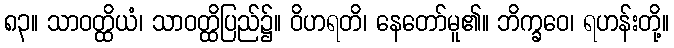
၈၃။ သာဝတ္ထိယံ၊ သာဝတ္ထိပြည်၌။ ဝိဟရတိ၊ နေတော်မူ၏။ ဘိက္ခဝေ၊ ရဟန်းတို့။